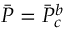
\Bar { P } = \Bar { P } _ { c } ^ { b }